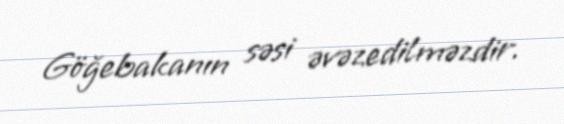
Göğebakanın səsi əvəzedilməzdir.